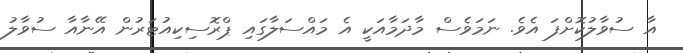
އާ ސުވާލުކޮށްފަ އެވެ. ނަމަވެސް މާދަމާއަކީ އެ މައްސަލާގައި ޕްރޮސިކިއުޓަރުން އޭނާއާ ސުވާލު